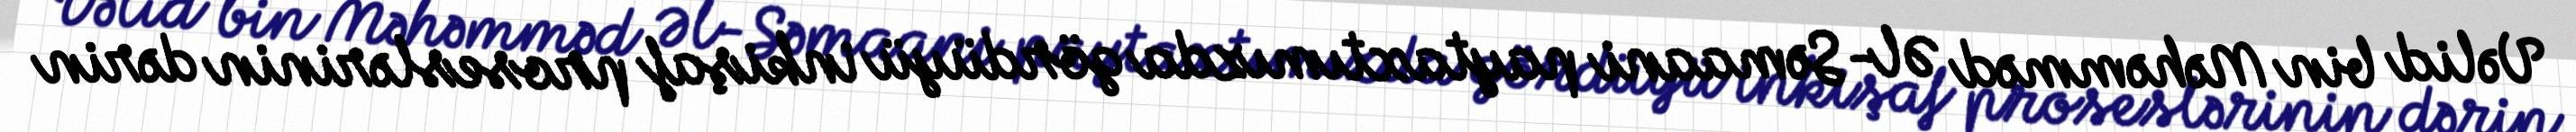
Vəlid bin Məhəmməd Əl-Səmaani paytaxtımızda gördüyü inkişaf proseslərinin dərin